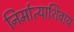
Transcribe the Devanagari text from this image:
निर्मात्याशिवाय